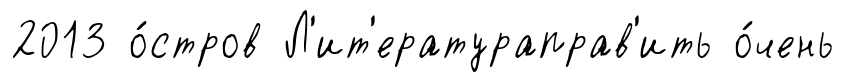
2013 о́стров Л'ит'ератураправ'ить о́чень